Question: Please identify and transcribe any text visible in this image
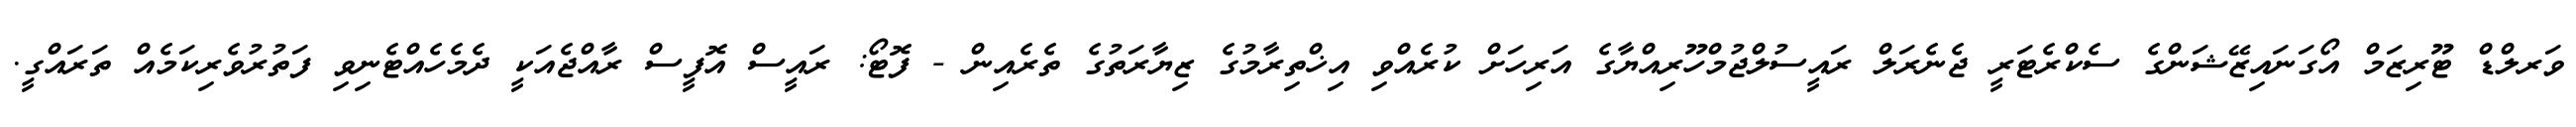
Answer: ވަރލްޑް ޓޫރިޒަމް އޯގަނައިޒޭޝަންގެ ސެކްރެޓަރީ ޖެނެރަލް ރައީސުލްޖުމްހޫރިއްޔާގެ އަރިހަށް ކުރެއްވި އިޚްތިރާމުގެ ޒިޔާރަތުގެ ތެރެއިން - ފޮޓޯ: ރައީސް އޮފީސް ރާއްޖެއަކީ ދެމެހެއްޓެނިވި ފަތުރުވެރިކަމެއް ތަރައްގީ.